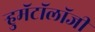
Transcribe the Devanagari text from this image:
ऱ्हुमॅटॉलॉजी